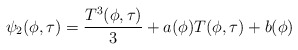
\begin{align*} \psi_2(\phi,\tau) = \frac{T^3(\phi,\tau)}{3} + a(\phi)T(\phi,\tau) + b(\phi) \end{align*}